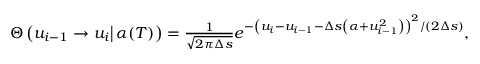
\begin{array} { r } { \Theta \left( u _ { i - 1 } \left. \rightarrow u _ { i } \right| \alpha ( T ) \right) = \frac { 1 } { \sqrt { 2 \pi \Delta s } } e ^ { - \left( u _ { i } - u _ { i - 1 } - \Delta s \left( \alpha + u _ { i - 1 } ^ { 2 } \right) \right) ^ { 2 } / \left( 2 \Delta s \right) } , } \end{array}